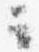
云